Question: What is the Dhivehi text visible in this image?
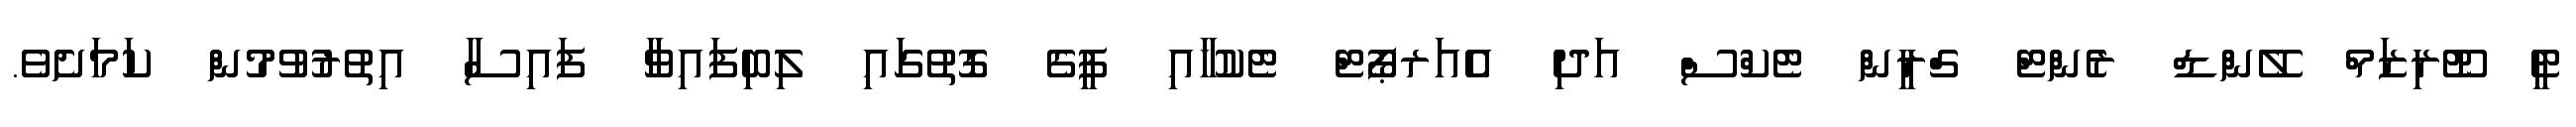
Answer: ޓީ ޓޫރިޒަމް ލޭންޑް ރެންޓް ގްރީން ޓެކްސް އަދި އެއަރޕޯޓް ޓެކުހާއި ފީގެ ގޮތުގައި ލިބިފައިވާ ފައިސާ އިތުރުވުމުން ކަމަށެވެ.